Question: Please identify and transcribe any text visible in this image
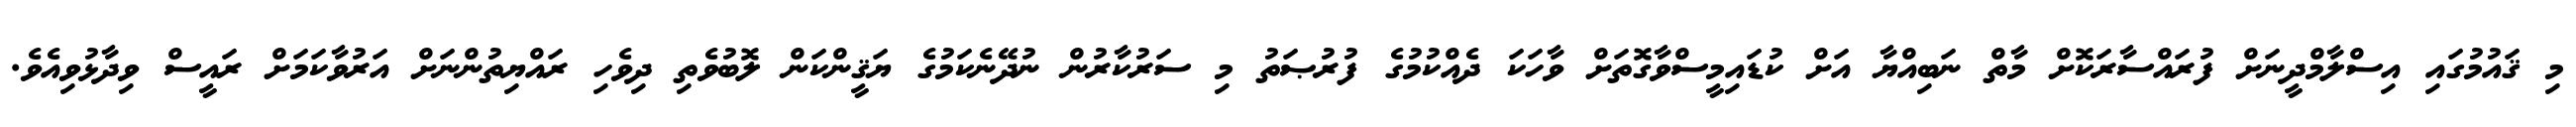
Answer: މި ޤައުމުގައި އިސްލާމްދީނަށް ފުރައްސާރަކޮށް މާތް ނަބިއްޔާ އަށް ކުޑައިމީސްވާގޮތަށް ވާހަކަ ދެއްކުމުގެ ފުރުޞަތު މި ސަރުކާރުން ނުދޭނެކަމުގެ ޔަޤީންކަން ލޮބުވެތި ދިވެހި ރައްޔިތުންނަށް އަރުވާކަމަށް ރައީސް ވިދާޅުވިއެވެ.